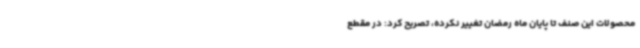
محصولات این صنف تا پایان ماه رمضان تغییر نکرده، تصریح کرد: در مقطع